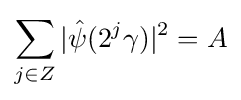
\sum _{j\in Z}|{\hat {\psi }}(2^{j}\gamma )|^{2}=A